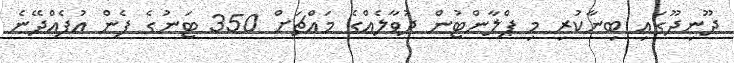
ދޫނިދޫގައި ބިނާކުރި މި ޕްލާންޓުން ދުވާލެއްގެ މައްޗަށް 350 ޓަނުގެ ފެން އުފެއްދޭނެ